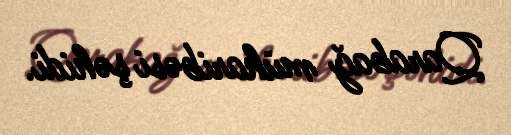
Qarabağ müharibəsi şəhidi.